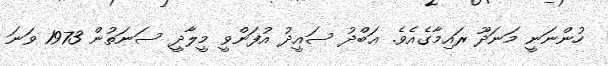
ހުންނަނީ މަނަދޫ ރައިމާގެއެވެ. ޢަބްދު ސައީދު އުފަންވީ މީލާދީ ސަނަތުން 1973 ވަނަ